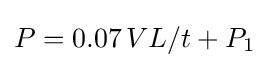
P=0.07\,VL/t+P_{1}